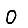
Digit: 0